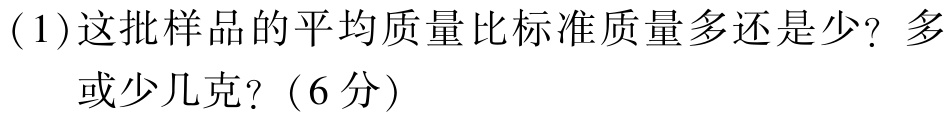
(1)这批样品的平均质量比标准质量多还是少？多
    或少几克？（6分）